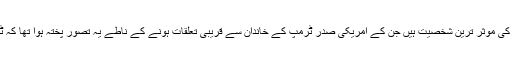
شہزادہ ولید کے بارے میں یہ تاثر قائم رہا ہے کہ وہ سعودی رائل فیملی کی موثر ترین شخصیت ہیں جن کے امریکی صدر ٹرمپ کے خاندان سے قریبی تعلقات ہونے کے ناطے یہ تصور پختہ ہوا تھا کہ ٹرمپ کی صدارت کے دوران امریکا سعودی تعلقات بہت بہتر رہیں گے۔